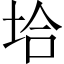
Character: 垥